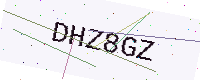
Text: DHZ8GZ